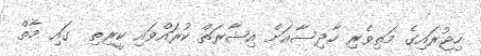
ހިޖުރައިގެ މަތިވެރި ހާދިސާއަށް އިޝާރަތް ކުރައްވައި ކީރިތި  ގައި މާތް